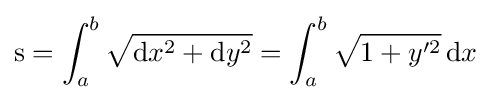
{\text{s}}=\int _{a}^{b}{\sqrt {\mathrm {d} x^{2}+\mathrm {d} y^{2}}}=\int _{a}^{b}{\sqrt {1+y'^{2}}}\,\mathrm {d} x